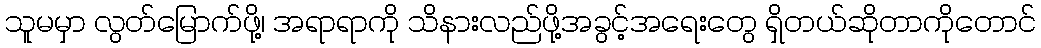
သူမမှာ လွတ်မြောက်ဖို့၊ အရာရာကို သိနားလည်ဖို့အခွင့်အရေးတွေ ရှိတယ်ဆိုတာကိုတောင်